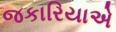
જકારિયાએ